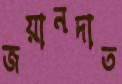
জয়ানদাত